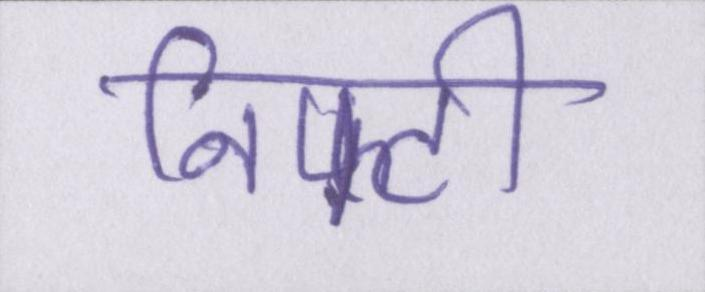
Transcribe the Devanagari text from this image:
निफ्टी